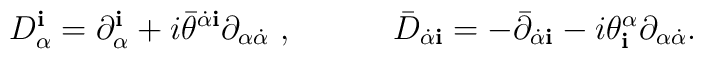
D_\alpha^{\mathbf i} = \partial_\alpha^{\mathbf i} + i{\bar\theta}^{\dot\alpha {\mathbf i}} \partial_{\alpha\dot\alpha}\ ,\qquad\quad{\bar D}_{\dot\alpha {\mathbf i}} = -{\bar\partial}_{\dot\alpha{\mathbf i}}- i {\theta}^\alpha_{\mathbf i} \partial_{\alpha\dot\alpha}.